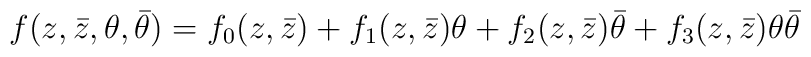
f(z,\bar{z},\theta,\bar{\theta})=f_{0}(z,\bar{z})+f_{1}(z,\bar{z})\theta+f_{2}(z,\bar{z})\bar{\theta}+f_{3}(z,\bar{z})\theta\bar{\theta}